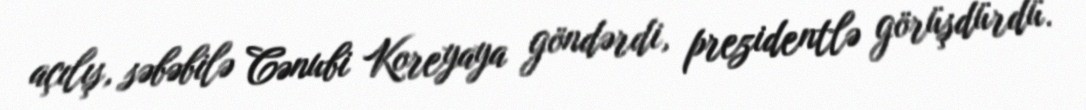
açılış, səbəbilə Cənubi Koreyaya göndərdi, prezidentlə görüşdürdü.